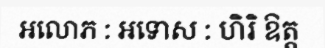
អលោភ : អទោស : ហិរិ ឱត្ត